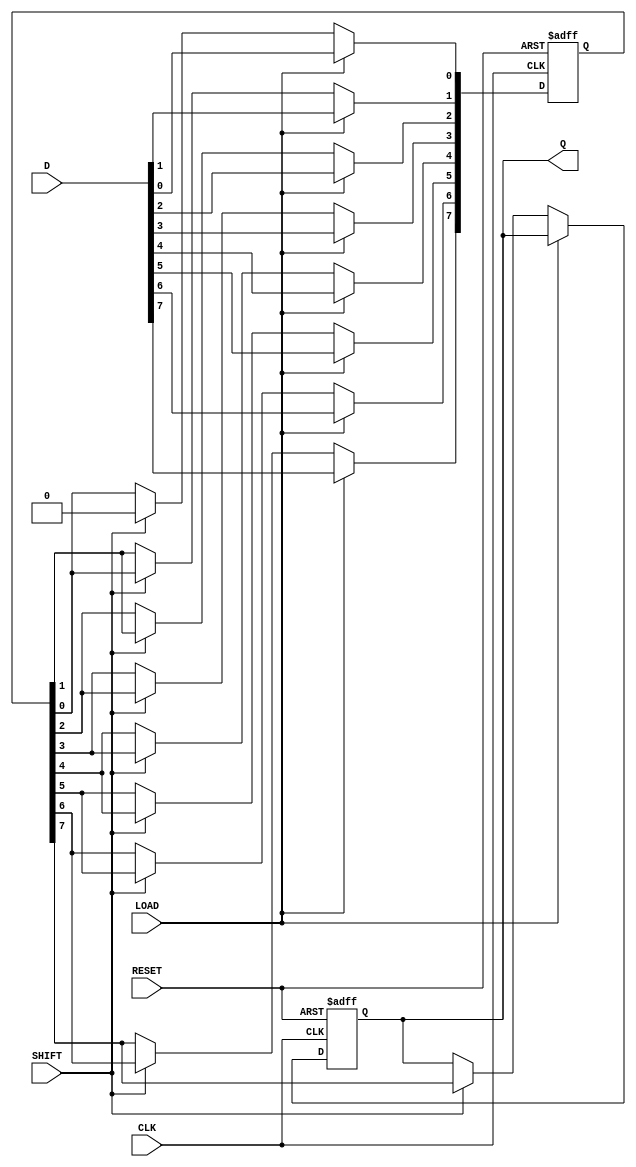
module dynamic_piso_register #(
  parameter WIDTH = 8 // Width of the register
)(
  input wire [WIDTH-1:0] D,    // Data inputs
  input wire LOAD,               // Load control signal
  input wire SHIFT,              // Shift control signal
  input wire CLK,                // Clock signal
  input wire RESET,              // Asynchronous reset signal
  output reg Q                  // Serial output
);

  // Dynamic storage elements (Flip-flops)
  reg [WIDTH-1:0] storage;       // Internal storage for input data
  integer i;                     // Loop variable

  // Asynchronous reset
  always @(posedge CLK or posedge RESET) begin
    if (RESET) begin
      storage <= 0;              // Clear the register
      Q <= 0;                    // Clear serial output
    end else if (LOAD) begin
      storage <= D;              // Load data into the register
    end else if (SHIFT) begin
      Q <= storage[WIDTH-1];     // Shift out the MSB
      // Shift the contents of the register
      for (i = WIDTH-1; i > 0; i = i - 1) begin
        storage[i] <= storage[i-1];
      end
      storage[0] <= 0;           // Optionally clear the least significant bit after shifting
    end
  end

endmodule